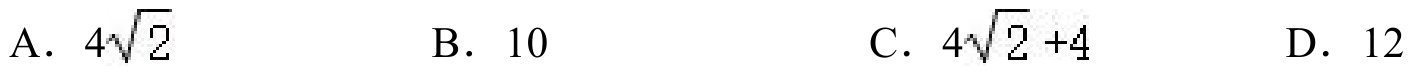
A. \(4\sqrt{2}\)  \hspace{2em} B. \(10\)  \hspace{2em} C. \(4\sqrt{2}+4\)  \hspace{2em} D. \(12\)